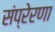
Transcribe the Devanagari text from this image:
संप्रेरणा